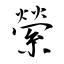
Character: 縈